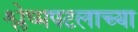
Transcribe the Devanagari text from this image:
श्लेष्मपटलाच्या